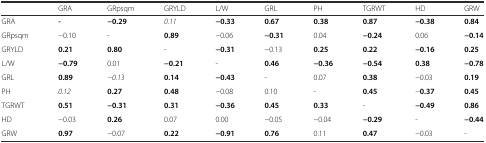
<table><thead><tr><td></td><td><b>GRA</b></td><td><b>GRpsqm</b></td><td><b>GRYLD</b></td><td><b>L/W</b></td><td><b>GRL</b></td><td><b>PH</b></td><td><b>TGRWT</b></td><td><b>HD</b></td><td><b>GRW</b></td></tr></thead><tbody><tr><td>GRA</td><td><b>-</b></td><td><b>−0.29</b></td><td><i>0.11</i></td><td><b>−0.33</b></td><td><b>0.67</b></td><td><b>0.38</b></td><td><b>0.87</b></td><td><b>−0.38</b></td><td><b>0.84</b></td></tr><tr><td>GRpsqm</td><td>−0.10</td><td>-</td><td><b>0.89</b></td><td>−0.06</td><td><b>−0.31</b></td><td>0.04</td><td><b>−0.24</b></td><td>0.06</td><td><b>−0.14</b></td></tr><tr><td>GRYLD</td><td><b>0.21</b></td><td><b>0.80</b></td><td>-</td><td><b>−0.31</b></td><td>−0.13</td><td><b>0.25</b></td><td><b>0.22</b></td><td><b>−0.16</b></td><td><b>0.25</b></td></tr><tr><td>L/W</td><td><b>−0.79</b></td><td>0.01</td><td><b>−0.21</b></td><td>-</td><td><b>0.46</b></td><td><b>−0.36</b></td><td><b>−0.54</b></td><td><b>0.38</b></td><td><b>−0.78</b></td></tr><tr><td>GRL</td><td><b>0.89</b></td><td><i>−0.13</i></td><td><b>0.14</b></td><td><b>−0.43</b></td><td>-</td><td>0.07</td><td><b>0.38</b></td><td>−0.03</td><td><b>0.19</b></td></tr><tr><td>PH</td><td><i>0.12</i></td><td><b>0.27</b></td><td><b>0.48</b></td><td>−0.08</td><td>0.10</td><td>-</td><td><b>0.45</b></td><td>−<b>0.37</b></td><td><b>0.45</b></td></tr><tr><td>TGRWT</td><td><b>0.51</b></td><td><b>−0.31</b></td><td><b>0.31</b></td><td><b>−0.36</b></td><td><b>0.45</b></td><td><b>0.33</b></td><td>-</td><td><b>−0.49</b></td><td><b>0.86</b></td></tr><tr><td>HD</td><td>−0.03</td><td><b>0.26</b></td><td>0.07</td><td>0.00</td><td>−0.05</td><td>−0.04</td><td><b>−0.29</b></td><td>-</td><td><b>−0.44</b></td></tr><tr><td>GRW</td><td><b>0.97</b></td><td>−0.07</td><td><b>0.22</b></td><td><b>−0.91</b></td><td><b>0.76</b></td><td>0.11</td><td><b>0.47</b></td><td>−0.03</td><td>-</td></tr></tbody></table>